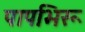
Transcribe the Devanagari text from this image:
पापभिरू